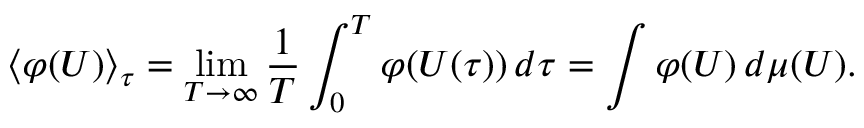
\langle \varphi ( U ) \rangle _ { \tau } = \operatorname* { l i m } _ { T \to \infty } \frac { 1 } { T } \int _ { 0 } ^ { T } \varphi ( U ( \tau ) ) \, d \tau = \int \varphi ( U ) \, d \mu ( U ) .